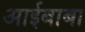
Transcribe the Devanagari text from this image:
आईबाबा